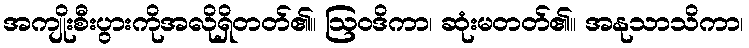
အကျိုးစီးပွားကိုအလိုရှိတတ်၏။ ဩဝဒိကာ၊ ဆုံးမတတ်၏။ အနုသာသိကာ၊